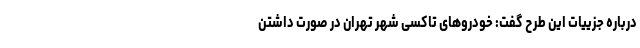
درباره جزییات این طرح گفت: خودروهای تاکسی شهر تهران در صورت داشتن